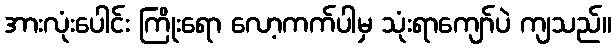
အားလုံးပေါင်း ကြိုးရော လော့ကက်ပါမှ သုံးရာကျော်ပဲ ကျသည်။